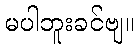
မပါဘူးခင်ဗျ။